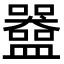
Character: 𬑀